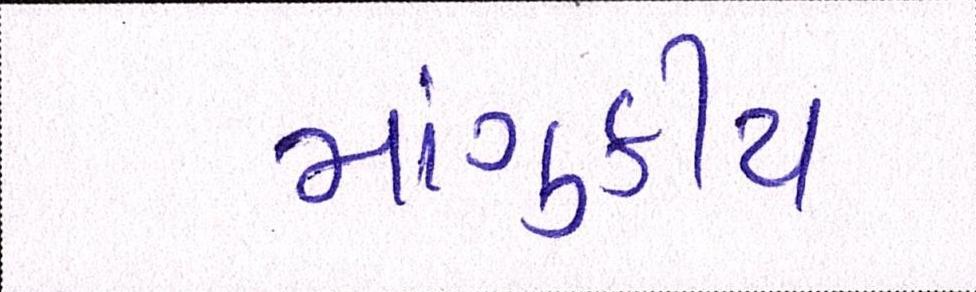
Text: માંગુકીયા